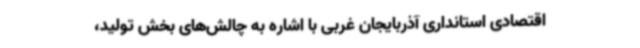
اقتصادی استانداری آذربایجان غربی با اشاره به چالش‌های بخش تولید،